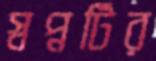
স্বপ্নটির